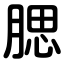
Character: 腮